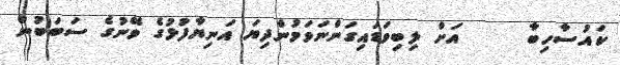
ކައުސާހިބާ     އަށް ލިބިވަޑައިގަންނަވަމުންދިޔަ އަނިޔާފުޅުގެ ވޭނުގެ ސަބަބުން